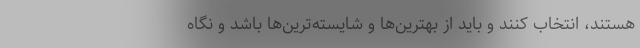
هستند، انتخاب کنند و باید از بهترین‌ها و شایسته‌ترین‌ها باشد و نگاه